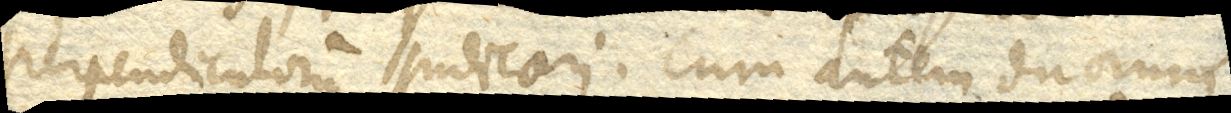
perpendiculorum judicari. Cum autem duorum